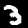
Label: 3